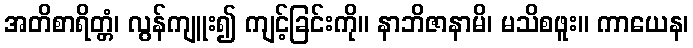
အတိစာရိတ္တံ၊ လွန်ကျူး၍ ကျင့်ခြင်းကို။ နာဘိဇာနာမိ၊ မသိစဖူး။ ကာယေန၊